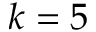
k = 5